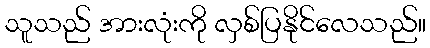
သူသည် အားလုံးကို လှစ်ပြနိုင်လေသည်။